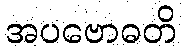
အပဗောဓတိ